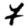
Digit: 7